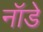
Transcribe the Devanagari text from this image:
नॉडे